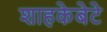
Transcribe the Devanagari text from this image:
शाहकेबेटे